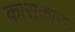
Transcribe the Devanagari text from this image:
कासकारा